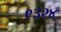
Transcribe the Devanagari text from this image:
९३२४